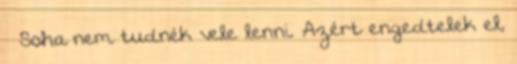
– Soha nem tudnék vele lenni. Azért engedtelek el,